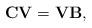
LaTeX: \begin{align*}\mathbf{CV = VB},\end{align*}